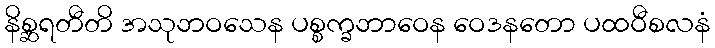
နိစ္ဆရတီတိ အသုဘဝသေန ပစ္စက္ခဘာဝေန ဝေဒနတော ပထဝီစလနံ